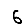
Digit: 6